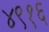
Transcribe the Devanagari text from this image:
४९१६